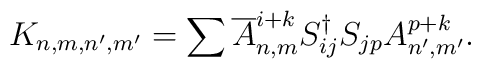
K_{n,m,n',m'}=\sum\overline{A}^{i+k}_{n,m}S^{\dagger}_{ij}  S_{jp}A^{p+k}_{n',m'}.